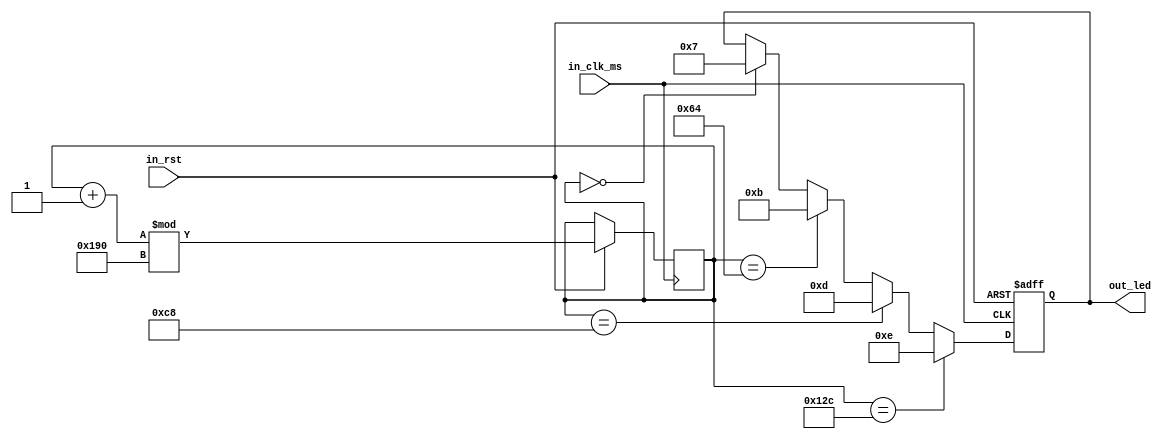
/*******************************(C) COPYRIGHT 2017 Wind*********************************/
/**============================================================================
* @FileName    : App_Led.v
* @Description : Led
* @Date        : 2017/4/16
* @By          : Wind
* @Email       : 1659567673@ qq.com
* @Platform    : Quartus II 15.0 (64-bit) (EP4CE22E22C8)
* @Explain     : Led
*=============================================================================*/ 
/*  ---------------------------*/
module App_Led
( 
	input in_rst     
	,input in_clk_ms     
	
	,output[3:0] out_led
);	 

/*  -------------------------*/
reg [3:0]led = 4'b0001;//LED
reg [15:0]cnt; 
parameter Flash_Delay = 16'd100;
/*  ---------------------------*/
assign out_led = led;
integer i;
/*  ---------------------------*/
always @(posedge in_clk_ms or negedge in_rst)
begin   
	if(in_rst == 0) begin
		led <= 4'b0111; 
	end
	else begin
        cnt <= (cnt + 1'd1)%(16'd4*Flash_Delay); 
        for( i=0; i<4; i=i+1) begin
            if(cnt == i*Flash_Delay) begin 
                led <= 4'b1111 &~ (4'b1000 >> i);
            end
        end
	end
	
end 
  

endmodule
/*******************************(C) COPYRIGHT 2017 Wind*********************************/